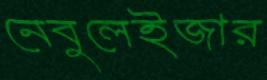
নেবুলেইজার